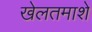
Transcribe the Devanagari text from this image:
खेलतमाशे